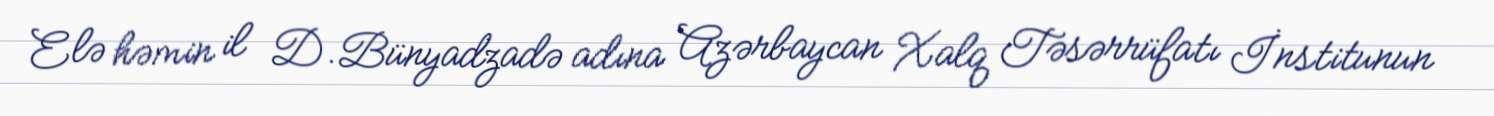
Elə həmin il D.Bünyadzadə adına Azərbaycan Xalq Təsərrüfatı İnstitunun